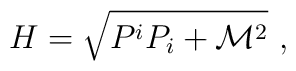
H = \sqrt{ P^i P_i + \mathcal{M}^2} \ ,